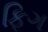
ફિગ